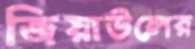
জিয়াউলের